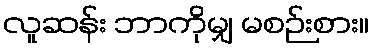
လူဆန်း ဘာကိုမျှ မစဉ်းစား။